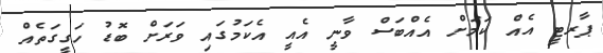
ޕާރޓީ އެއް ކަމަށް އެއްބަސް ވާނީ އެއީ އެކަމުގައި ވަރަށް ބޮޑު ހަގީގަތެއް